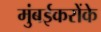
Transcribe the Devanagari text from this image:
मुंबईकरोंके